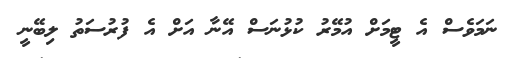
ނަމަވެސް އެ ޓީމަށް އުމޭރު ކުޅުނަސް އޭނާ އަށް އެ ފުރުސަތު ލިބޭނީ